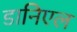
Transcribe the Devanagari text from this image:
डानिएल